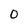
Character: 0